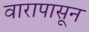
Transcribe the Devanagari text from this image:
वारापासून